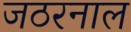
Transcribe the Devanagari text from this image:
जठरनाल